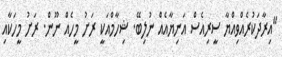
"އިރާދަކުރެއްވިއްޔާ ސީރިއެސް އަނިޔާއެއް ނުލިބޭ. ޝިހާމްއަކީ ރަށު މީހެއް ނޫން. ރަށު މީހަކާއި